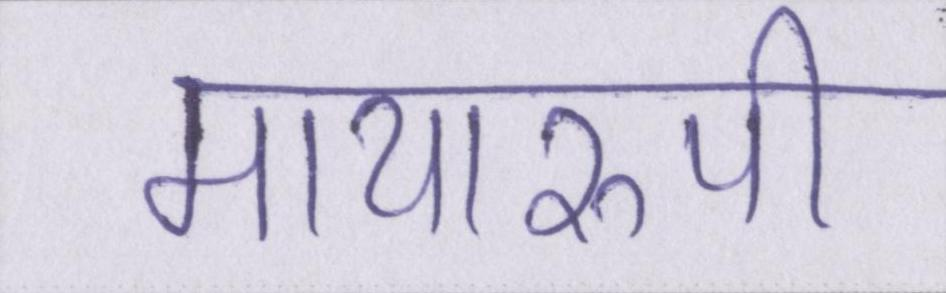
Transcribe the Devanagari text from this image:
मायारुपी